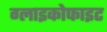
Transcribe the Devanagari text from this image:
ग्लाइकोफाइट